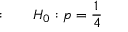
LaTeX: { \mathrm { : } } \qquad H _ { 0 } : p = { \frac { 1 } { 4 } }